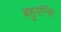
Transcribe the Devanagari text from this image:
बहुपन्क्ति